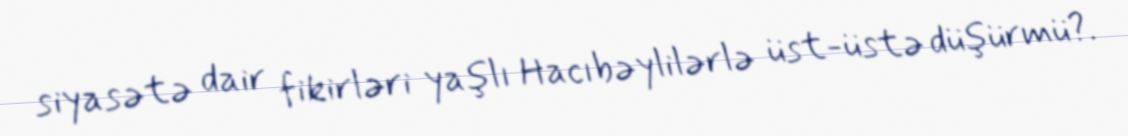
siyasətə dair fikirləri yaşlı Hacıbəylilərlə üst-üstə düşürmü?.